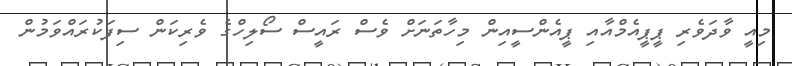
މިއީ ވާދަވެރި ޕީޕީއެމްއާއި ޕީއެންސީއިން މިހާތަނަށް ވެސް ރައީސް ސޯލިހްގެ ވެރިކަން ސިފަކުރައްވަމުން